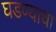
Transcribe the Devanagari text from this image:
घडण्याचा